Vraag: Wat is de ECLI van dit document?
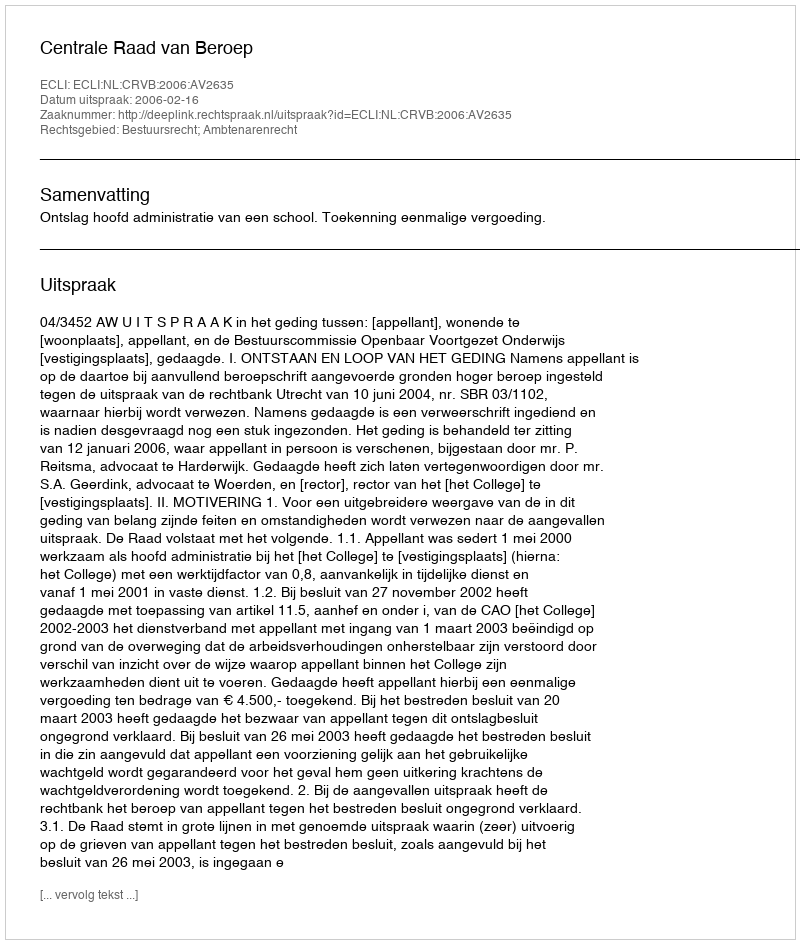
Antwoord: ECLI:NL:CRVB:2006:AV2635